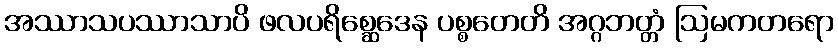
အဿာသပဿာသာပိ ဖလပရိစ္ဆေဒေန ပစ္စတေတိ အဂ္ဂဘတ္တံ ဩမကတရော